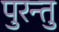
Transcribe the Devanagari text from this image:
पुरन्तु